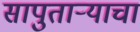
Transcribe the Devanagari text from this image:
सापुताऱ्याचा